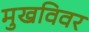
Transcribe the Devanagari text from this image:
मुखविवर